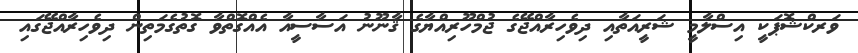
ވަރކްޝޮޕަކީ އިސްލާމީ ޝަރީއަތާއި ދިވެހިރާއްޖޭގެ ޖުމްހޫރިއްޔާގެ ޤާނޫނު އަސާސީއާ އެއްގޮތްވާ ގޮތުގެމަތިން ދިވެހިރާއްޖޭގައި